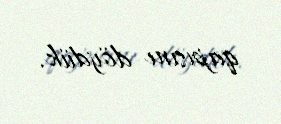
qapısını döydük.